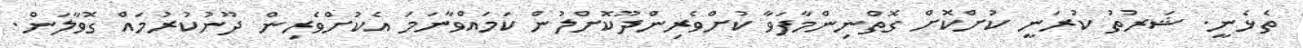
ތެޅެނީ. ޝަރުތު ކުރަނީ ކުށްކޮށް ގޮތްނިންމާފަވާ ކުށްވެރިންދޫކޮށްލުން ކަމައްވާނަމަ އެކުށްވެރިން ދޫނުކުރުމައް ގޮވާލަން.